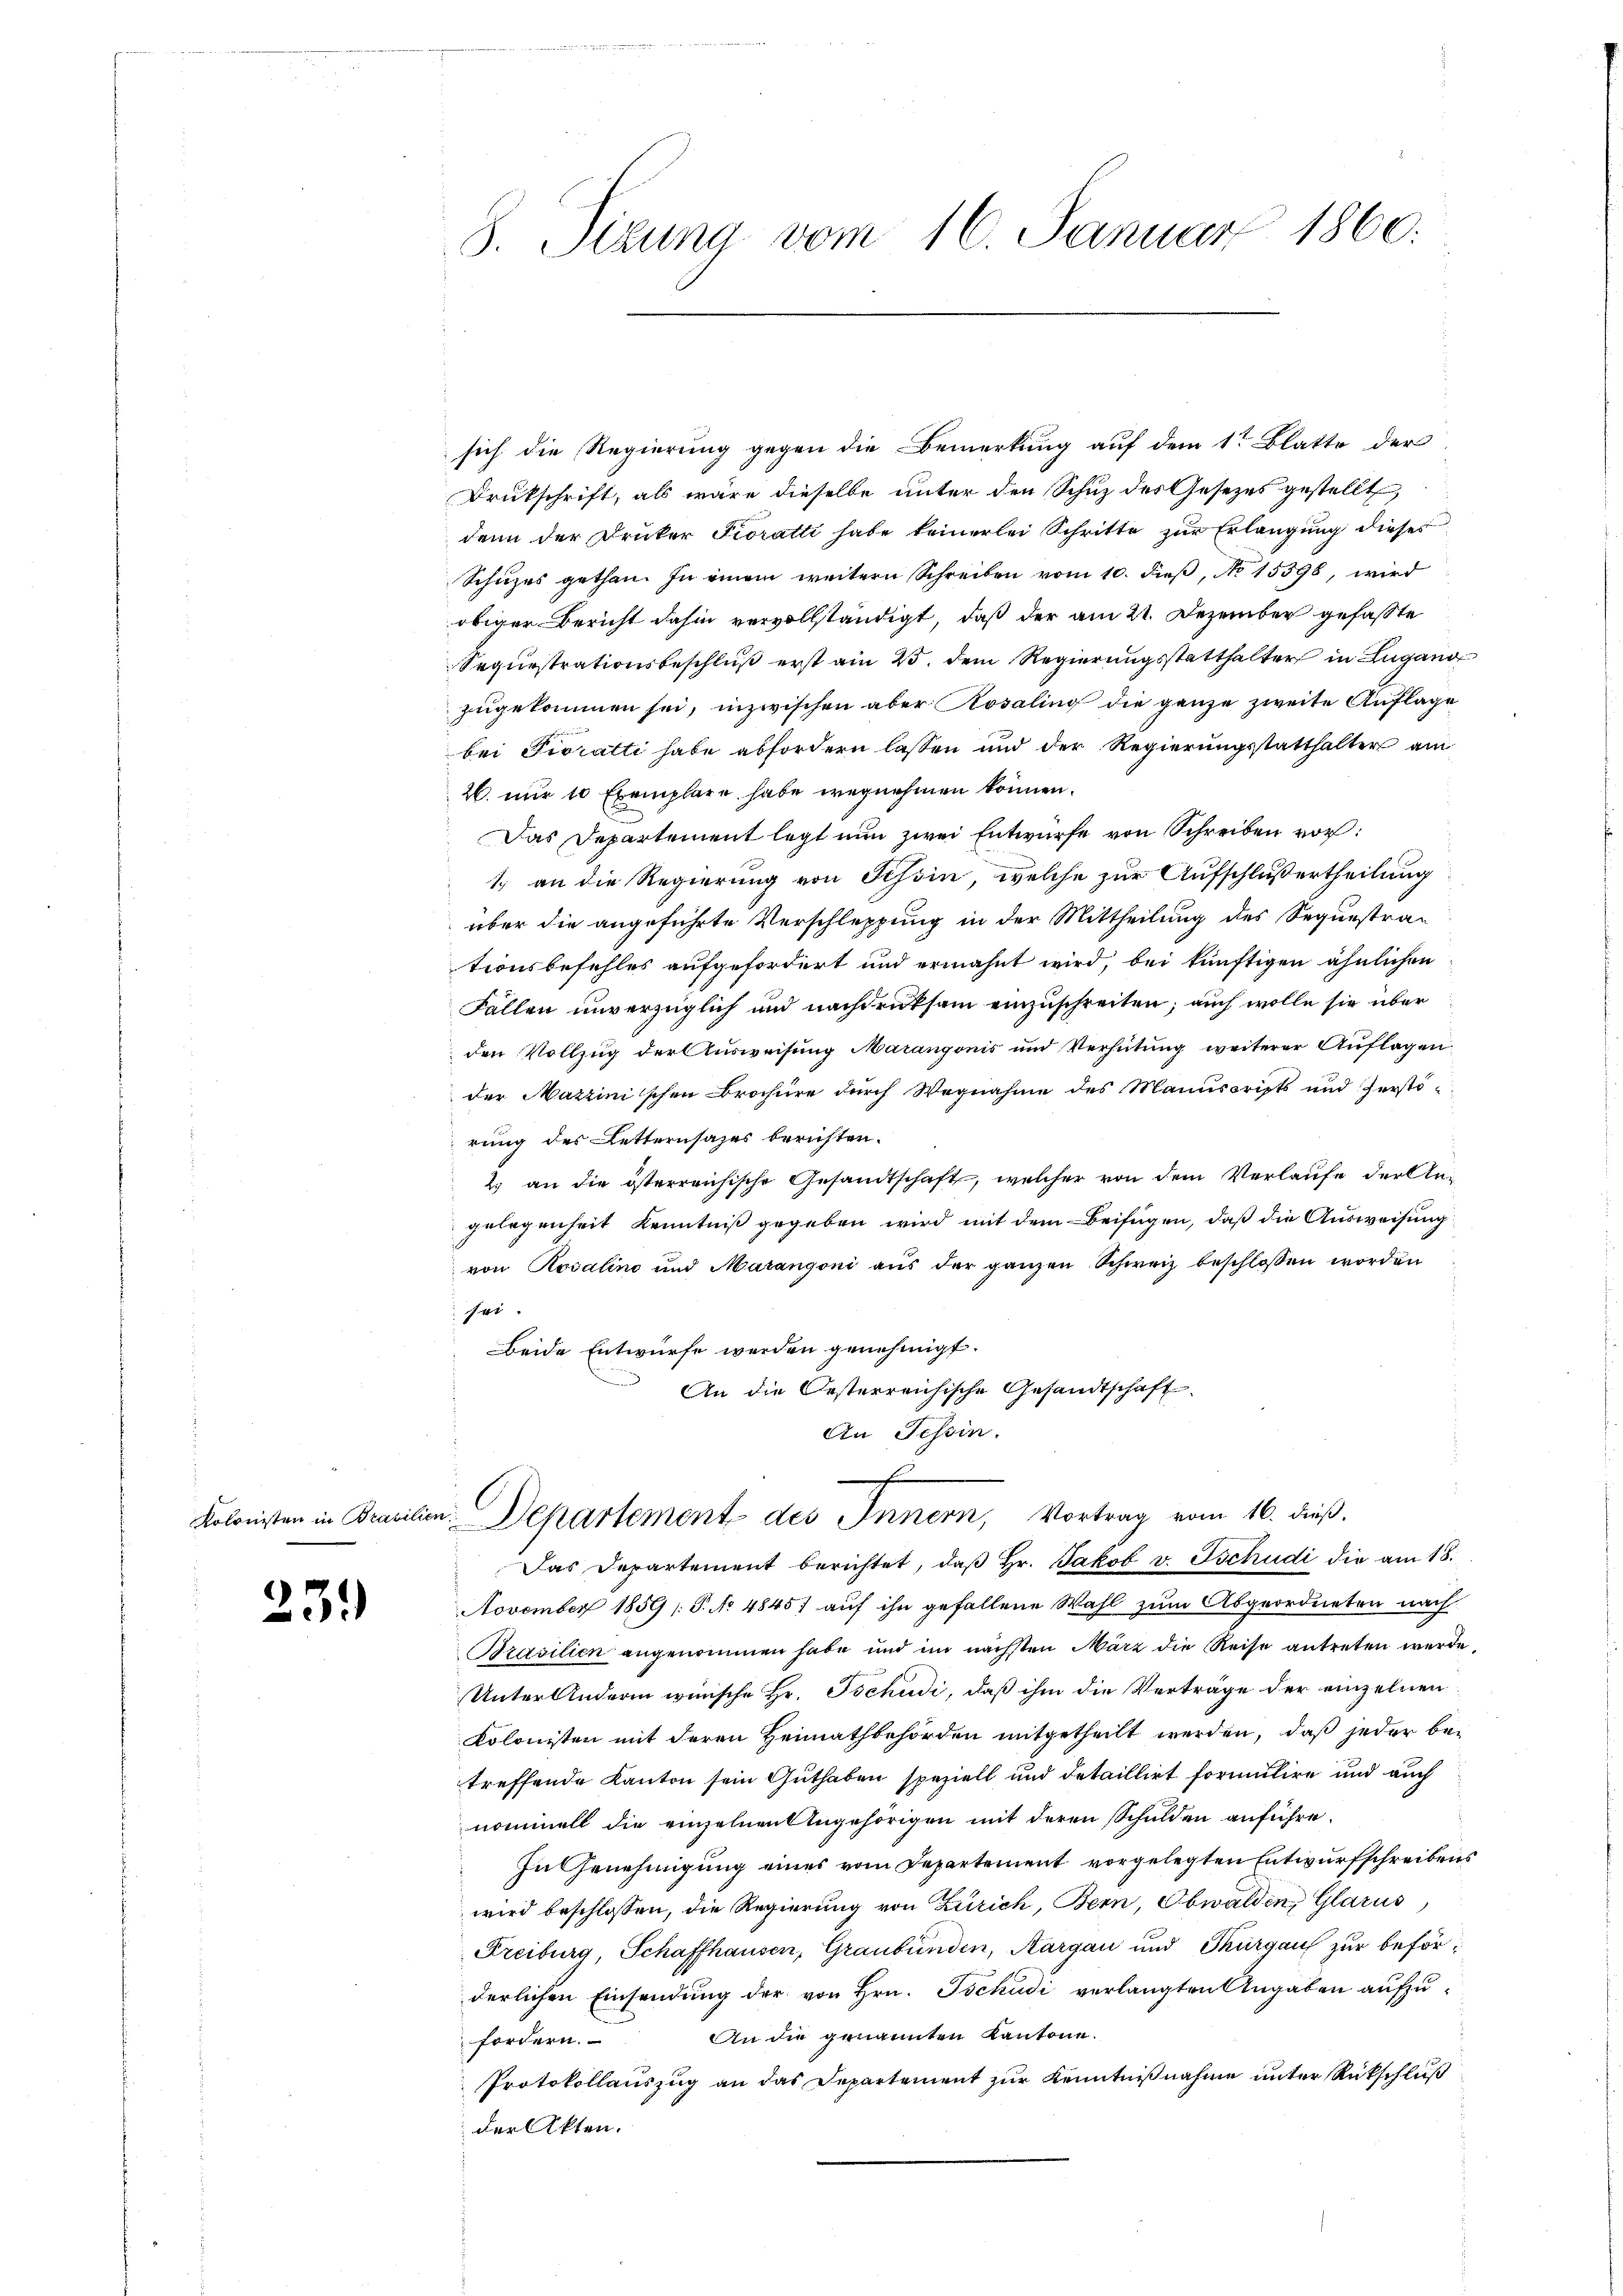
23.)

sich die Regierung gegen die Bemerkung auf dem 1t Blatte der
Drukschrift, als wäre dieselbe unter den Schuz des Gesetzes gestellt,
dann der Druker Fioratti habe keinerlei Schritte zur Erlangung dieses
Schuzes gethan. In einem weitern Schreiben vom 10. dieß, No 15598, wird
obiger Bericht dahin vervollständigt, daß der am 21. Dezember gefaßte
Sequestrationsbeschluß erst am 23. dem Regierungsstatthalter in Lugano
zugekommen sei, inzwischen aber Rosaling die ganze zweite Auflage
bei Fioratti habe abfordern lassen und der Regierungsstatthalter am
26. nur 10 Exemplare habe wegnehmen können.
Das Departement legt nun zwei Entwürfe von Schreiben vor:
1.) an die Regierung von Schoin, welche zur Aufschlußertheilung
über die angeführte Verschleppung in der Mittheilung des Sequestrationsbefehles aufgefordert und ermahnt wird, bei künftigen ähnlichen
Fällen unverzüglich und nachdruksam einzuschreiten; auch wolle sie über
den Vollzug der Ausweisung Marangonis und Verhütung weiterer Auflagen
der Mazzinischen Brochüre durch Wegnahme des Manuscripts und Zerstö-
rung des Letternsazes berichten.
2. an die österreichische Gesandtschaft, welcher von dem Verlaufe der Angelegenheit Kenntniß gegeben wird mit dem Beifügen, daß die Ausweisung
von Rosalins und Marangoni aus der ganzen Schweiz beschlossen worden
sei.
Beide Entwurfe werden genehmigt.
An die Oesterreichische Gesandtschaft
An Tessin.
h
Kolonisten in Brasilien. Dekartement des Innern, Vortrag vom 16. dieß.
Das Departement berichtet, daβ hr. Jakob v. Tschudi die am 18.
November 1859 /: P. No 4845) auf ihn gefallene Wahl zum Abgeordneten nach
Brasilien angenommen habe und im nächsten März die Reise antreten werde,
Unter Andern winische Hr. Tschudi, daß ihm die Verträge der einzelnen
Kolonisten mit deren Heimathbehörden mitgetheilt werden, daß jeder betreffende Kanton sein Guthaben speziell und detaillirt formulire und auch
nominell die einzelnen Angehörigen mit deren Schulden anführe.
In Genehmigung eines vom Departement vorgelegten Entwurfschreibens
wird beschlossen, die Regierung von Zürich, Bern, Obwalden, Glarus
Freiburg, Schaffhausen, Graubünden, Aargau und Thurgau zur beförderlichen Einsendung der von Hrn. Tschudi verlangten Angaben aufzu¬
An die genannten Kantone.
fordern.
Protokollauszug an das Departement zur Kenntnißnahme unter Rückschluß
der Akten.

8. Sitzung vom 16. Januar 1860.